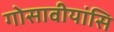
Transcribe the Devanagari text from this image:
गोसावीयांसि